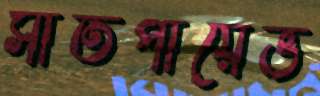
সাতপায়েভ